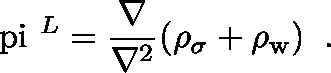
\mathrm { \boldmath ~ \ p i ~ } ^ { L } = \frac { \bf \nabla \mathrm { } } { \bf \nabla \mathrm { ^ 2 } } ( \rho _ { \sigma } + \rho _ { \mathrm { w } } ) \; \; .